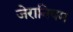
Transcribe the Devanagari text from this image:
जेरानियम